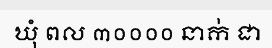
ឃុំ ពល ៣០០០០ នាក់ ជា